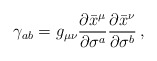
\begin{align*}\gamma_{ab}=g_{\mu\nu}\frac{\partial\bar{x}^\mu}{\partial\sigma^a} \frac{\partial\bar{x}^\nu}{\partial\sigma^b} \,,\end{align*}